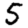
Digit: 5